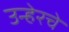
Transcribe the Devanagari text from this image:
उन्हेरचे